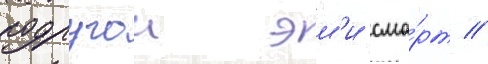
подругои эм'и сма́рт //